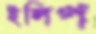
ইলিপ